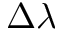
\Delta \lambda